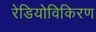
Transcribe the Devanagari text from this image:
रेडियोविकिरण